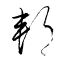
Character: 邦